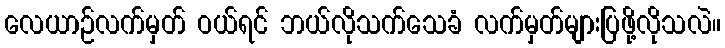
လေယာဉ်လက်မှတ် ဝယ်ရင် ဘယ်လိုသက်သေခံ လက်မှတ်များပြဖို့လိုသလဲ။